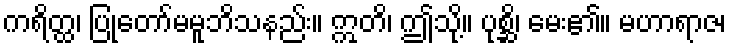
ကရိတ္ထ၊ ပြုတော်မမူဘိသနည်း။ ဣတိ၊ ဤသို့။ ပုစ္ဆိ၊ မေး၏။ မဟာရာဇ၊